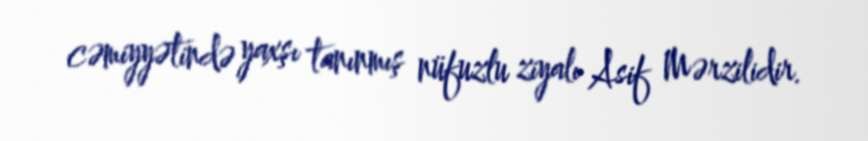
cəmiyyətində yaxşı tanınmış nüfuzlu ziyalı Asif Mərzilidir.